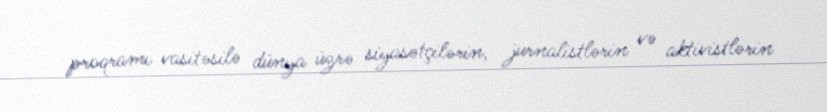
proqramı vasitəsilə dünya üzrə siyasətçilərin, jurnalistlərin və aktivistlərin